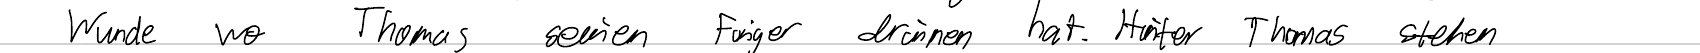
Wunde wo Thomas seinen Finger drinnen hat. Hinter Thomas stehen